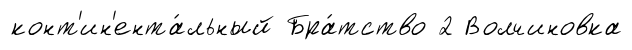
конт'ин'ента́льный Бра́тство 2 Волчиновка